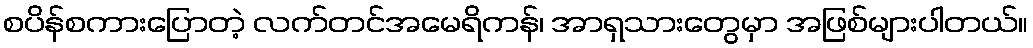
စပိန်စကားပြောတဲ့ လက်တင်အမေရိကန်၊ အာရှသားတွေမှာ အဖြစ်များပါတယ်။